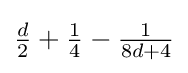
{\tfrac {d}{2}}+{\tfrac {1}{4}}-{\tfrac {1}{8d+4}}